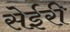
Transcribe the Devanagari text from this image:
सेईरी